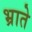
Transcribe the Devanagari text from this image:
भ्राते